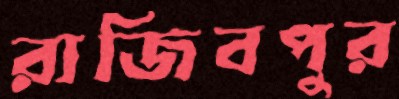
রাজিবপুর